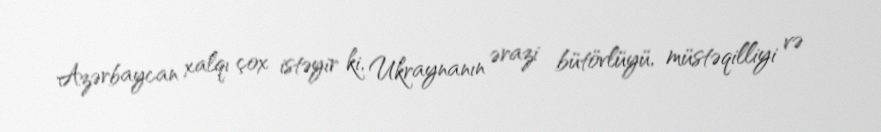
Azərbaycan xalqı çox istəyir ki, Ukraynanın ərazi bütövlüyü, müstəqilliyi və